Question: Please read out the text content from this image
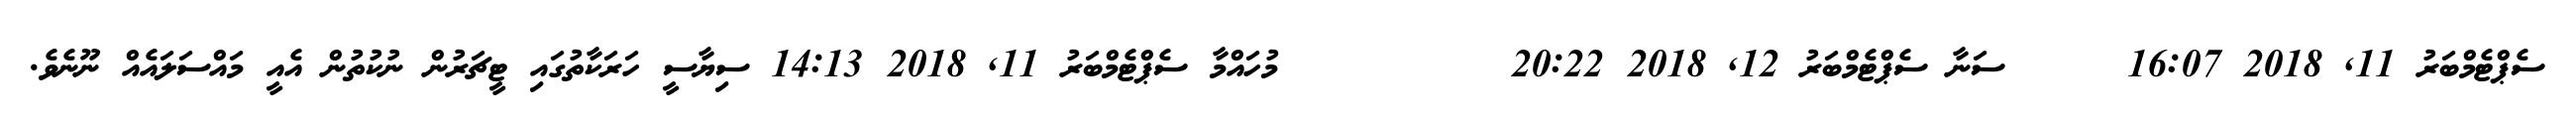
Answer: ސެޕްޓެމްބަރު 11, 2018 16:07 ????? ސަނާ ސެޕްޓެމްބަރު 12, 2018 20:22 ???????????? މުހައްމާ ސެޕްޓެމްބަރު 11, 2018 14:13 ސިޔާސީ ހަރަކާތުގައި ޓީޗަރުން ނުކުތުން އެއީ މައްސަލައެއް ނޫނެވެ.